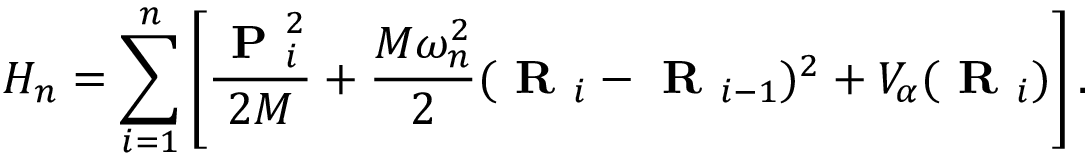
H _ { n } = \sum _ { i = 1 } ^ { n } \left[ \frac { \textbf { P } _ { i } ^ { 2 } } { 2 M } + \frac { M \omega _ { n } ^ { 2 } } { 2 } ( \textbf { R } _ { i } - \textbf { R } _ { i - 1 } ) ^ { 2 } + V _ { \alpha } ( \textbf { R } _ { i } ) \right] .